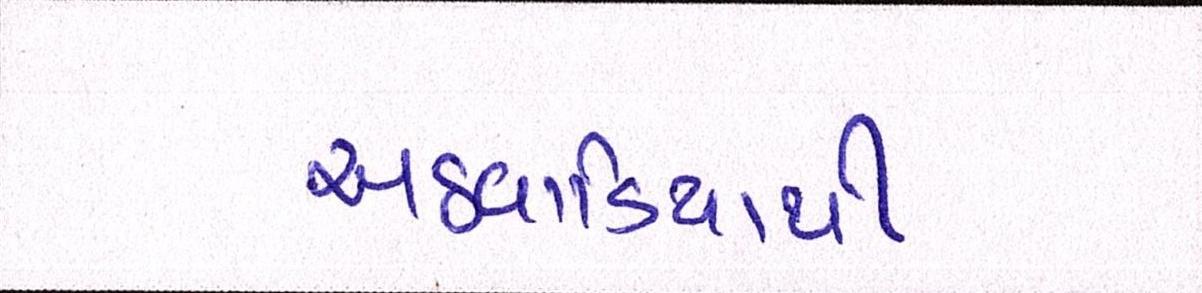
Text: અઠવાડિયાથી